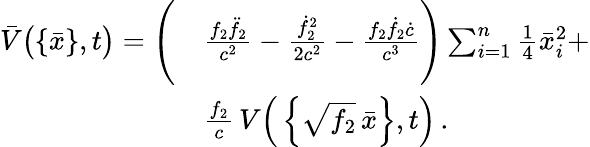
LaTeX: \begin{array}{rl}{\bar{V}\big(\{ \bar{x}\} ,t\big)=\Bigg(}&{\frac{f_{2}\ddot{f}_{2}}{c^{2}}-\frac{\dot{f}_{2}^{2}}{2c^{2}}-\frac{f_{2}\dot{f}_{2}\dot{c}}{c^{3}}\Bigg)\sum_{i=1}^{n}{\textstyle\frac{1}{4}}\bar{x}_{i}^{2}+}\\ &{\frac{f_{2}}{c}\, V\Big(\left\{ \sqrt{f_{2}}\, \bar{x}\right\} ,t\Big)\, .}\end{array}